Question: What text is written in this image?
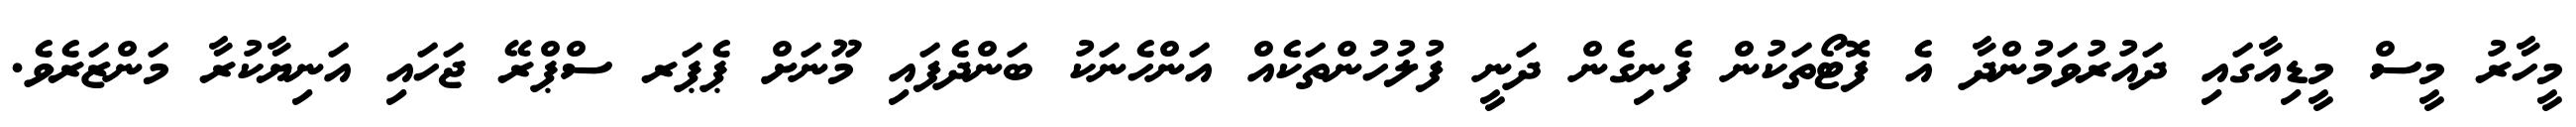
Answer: މީހާރު މީސް މީޑިއާގައި ދައުރުވަމުންދާ އެ ފޮޓޯތަކުން ފެނިގެން ދަނީ ފުލުހުންތަކެއް އަންހެނަކު ބަންދެފައި މޫނަށް ޕެޕަރ ސްޕްރޭ ޖަހައި އަނިޔާކުރާ މަންޒަރެވެ.